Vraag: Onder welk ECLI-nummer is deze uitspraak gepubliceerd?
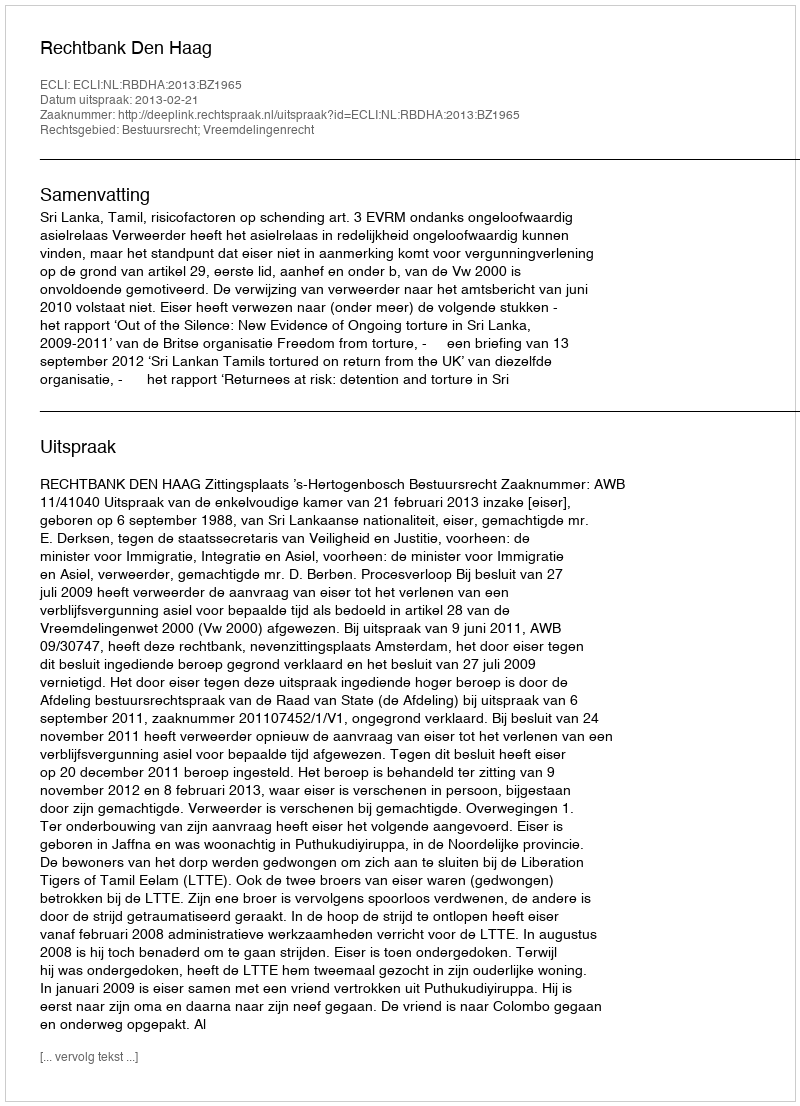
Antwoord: ECLI:NL:RBDHA:2013:BZ1965